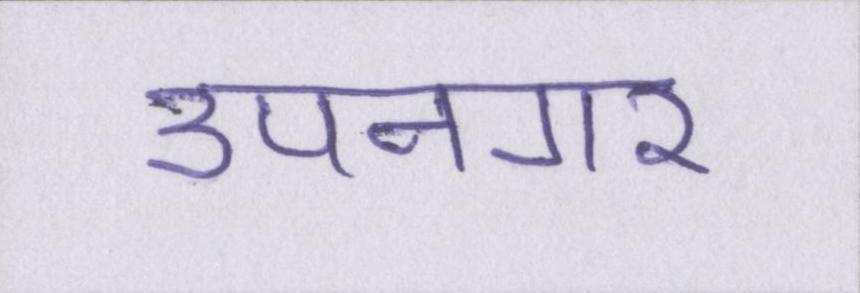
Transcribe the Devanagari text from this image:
उपनगर